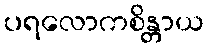
ပရလောကစိန္တာယ